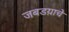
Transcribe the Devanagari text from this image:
जबडय़ाचे